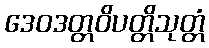
ဒေဝဒတ္တဝိပတ္တိသုတ္တံ